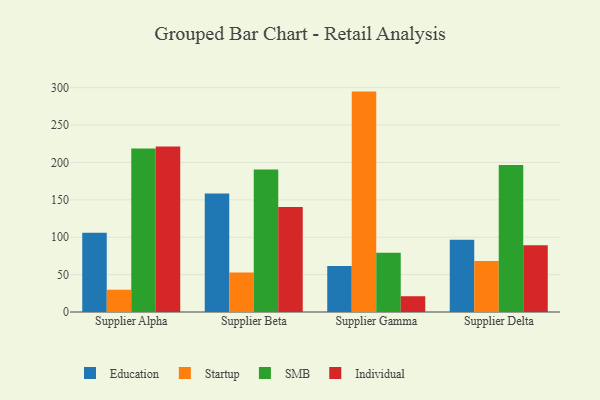
{"axis": {"x": "Supplier", "y": "Bounce Rate (%)"}, "legend": ["Education", "Individual", "SMB", "Startup"], "data": [{"x": "Supplier Alpha", "y": 106.1, "type": "Education"}, {"x": "Supplier Alpha", "y": 29.8, "type": "Startup"}, {"x": "Supplier Alpha", "y": 218.7, "type": "SMB"}, {"x": "Supplier Alpha", "y": 221.5, "type": "Individual"}, {"x": "Supplier Beta", "y": 158.6, "type": "Education"}, {"x": "Supplier Beta", "y": 52.7, "type": "Startup"}, {"x": "Supplier Beta", "y": 190.5, "type": "SMB"}, {"x": "Supplier Beta", "y": 140.4, "type": "Individual"}, {"x": "Supplier Gamma", "y": 61.5, "type": "Education"}, {"x": "Supplier Gamma", "y": 294.8, "type": "Startup"}, {"x": "Supplier Gamma", "y": 79.4, "type": "SMB"}, {"x": "Supplier Gamma", "y": 21.1, "type": "Individual"}, {"x": "Supplier Delta", "y": 96.5, "type": "Education"}, {"x": "Supplier Delta", "y": 68.2, "type": "Startup"}, {"x": "Supplier Delta", "y": 196.7, "type": "SMB"}, {"x": "Supplier Delta", "y": 89.2, "type": "Individual"}]}